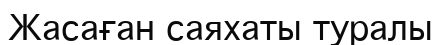
Жасаған саяхаты туралы